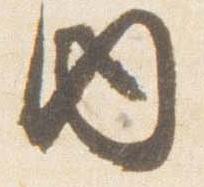
内